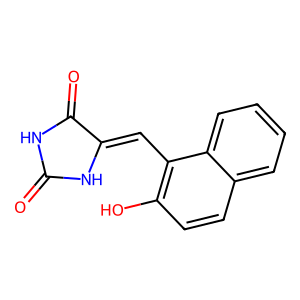
SMILES: O=C1NC(=O)C(=Cc2c(O)ccc3ccccc23)N1
Inhibits HIV replication: No